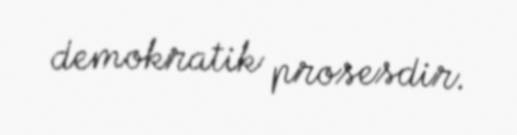
demokratik prosesdir.